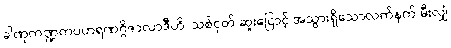
ခါဏုကဏ္ဍကပဟရဏဂ္ဂိဇာလာဒီဟိ၊ သစ်ငုတ် ဆူးငြောင့် အသွားရှိသောလက်နက် မီးလျှံ